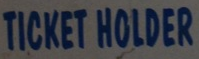
TICKET HOLDER